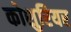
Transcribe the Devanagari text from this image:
कोशुरियर